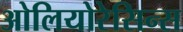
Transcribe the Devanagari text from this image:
ओलियोरेसिन्स